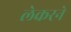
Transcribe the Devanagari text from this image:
लेकरने